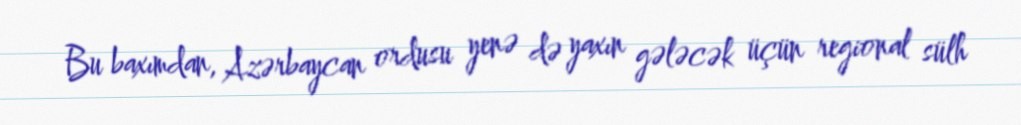
Bu baxımdan, Azərbaycan ordusu yenə də yaxın gələcək üçün regional sülh